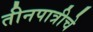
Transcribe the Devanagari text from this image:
तीनपात्रीचे